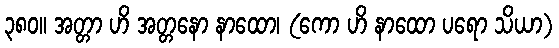
၃၈၀။ အတ္တာ ဟိ အတ္တနော နာထော၊ (ကော ဟိ နာထော ပရော သိယာ)